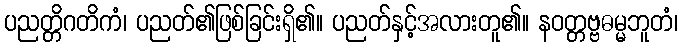
ပညတ္တိဂတိကံ၊ ပညတ်၏ဖြစ်ခြင်းရှိ၏။ ပညတ်နှင့်အလားတူ၏။ နဝတ္တဗ္ဗဓမ္မဘူတံ၊